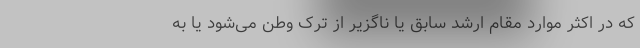
که در اکثر موارد مقام ارشد سابق یا ناگزیر از ترک وطن می‌شود یا به